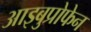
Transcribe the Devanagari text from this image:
आइबुप्रोफेन